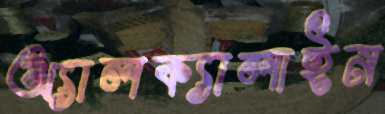
অ্যালক্যালাইন